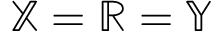
{ \mathbb X } = { \mathbb R } = { \mathbb Y }